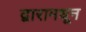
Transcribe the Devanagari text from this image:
द्वारामधून